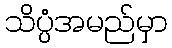
သိပ္ပံအမည်မှာ